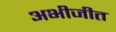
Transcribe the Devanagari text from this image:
अभीजीत